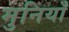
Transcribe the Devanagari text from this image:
मुनियाँ